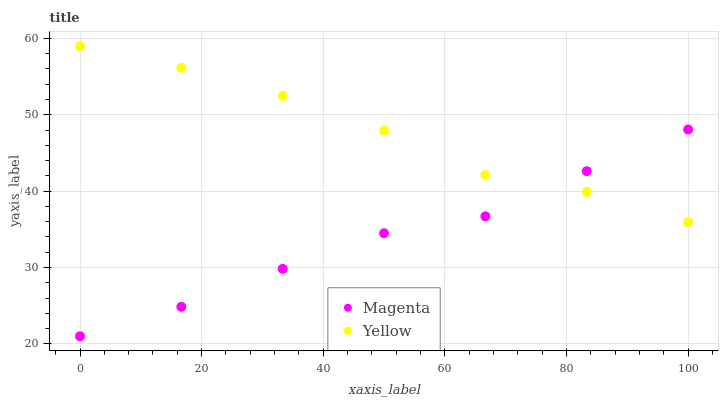
| xaxis_label | Magenta | Yellow |
 | --- | --- | --- |
 | 0 | 21 | 59 |
 | 16.7 | 24.9 | 56.2 |
 | 33.3 | 29.8 | 52.5 |
 | 50 | 34.5 | 47.9 |
 | 66.7 | 36.7 | 42.1 |
 | 83.3 | 42.6 | 39.9 |
 | 100 | 48.1 | 36 |